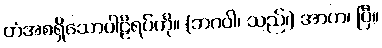
တံအစရှိသောပါဠိရပ်ကို။ (ဘဂဝါ၊ သည်၊) အာဟ၊ ပြီ။